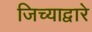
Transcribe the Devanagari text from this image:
जिच्याद्वारे